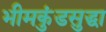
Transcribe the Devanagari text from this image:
भीमकुंडसुद्धा